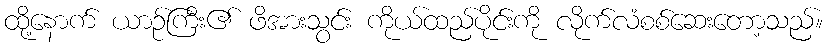
ထို့နောက် ယာဉ်ကြီး၏ ဖိအားသွင်း ကိုယ်ထည်ပိုင်းကို လိုက်လံစစ်ဆေးတော့သည်။